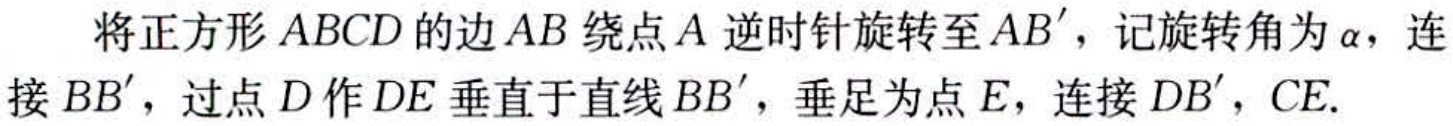
将正方形\(ABCD\)的边\(AB\)绕点\(A\)逆时针旋转至\(AB'\)，记旋转角为\(\alpha\)，连接\(BB'\)，过点\(D\)作\(DE\)垂直于直线\(BB'\)，垂足为点\(E\)，连接\(DB'\)，\(CE\).